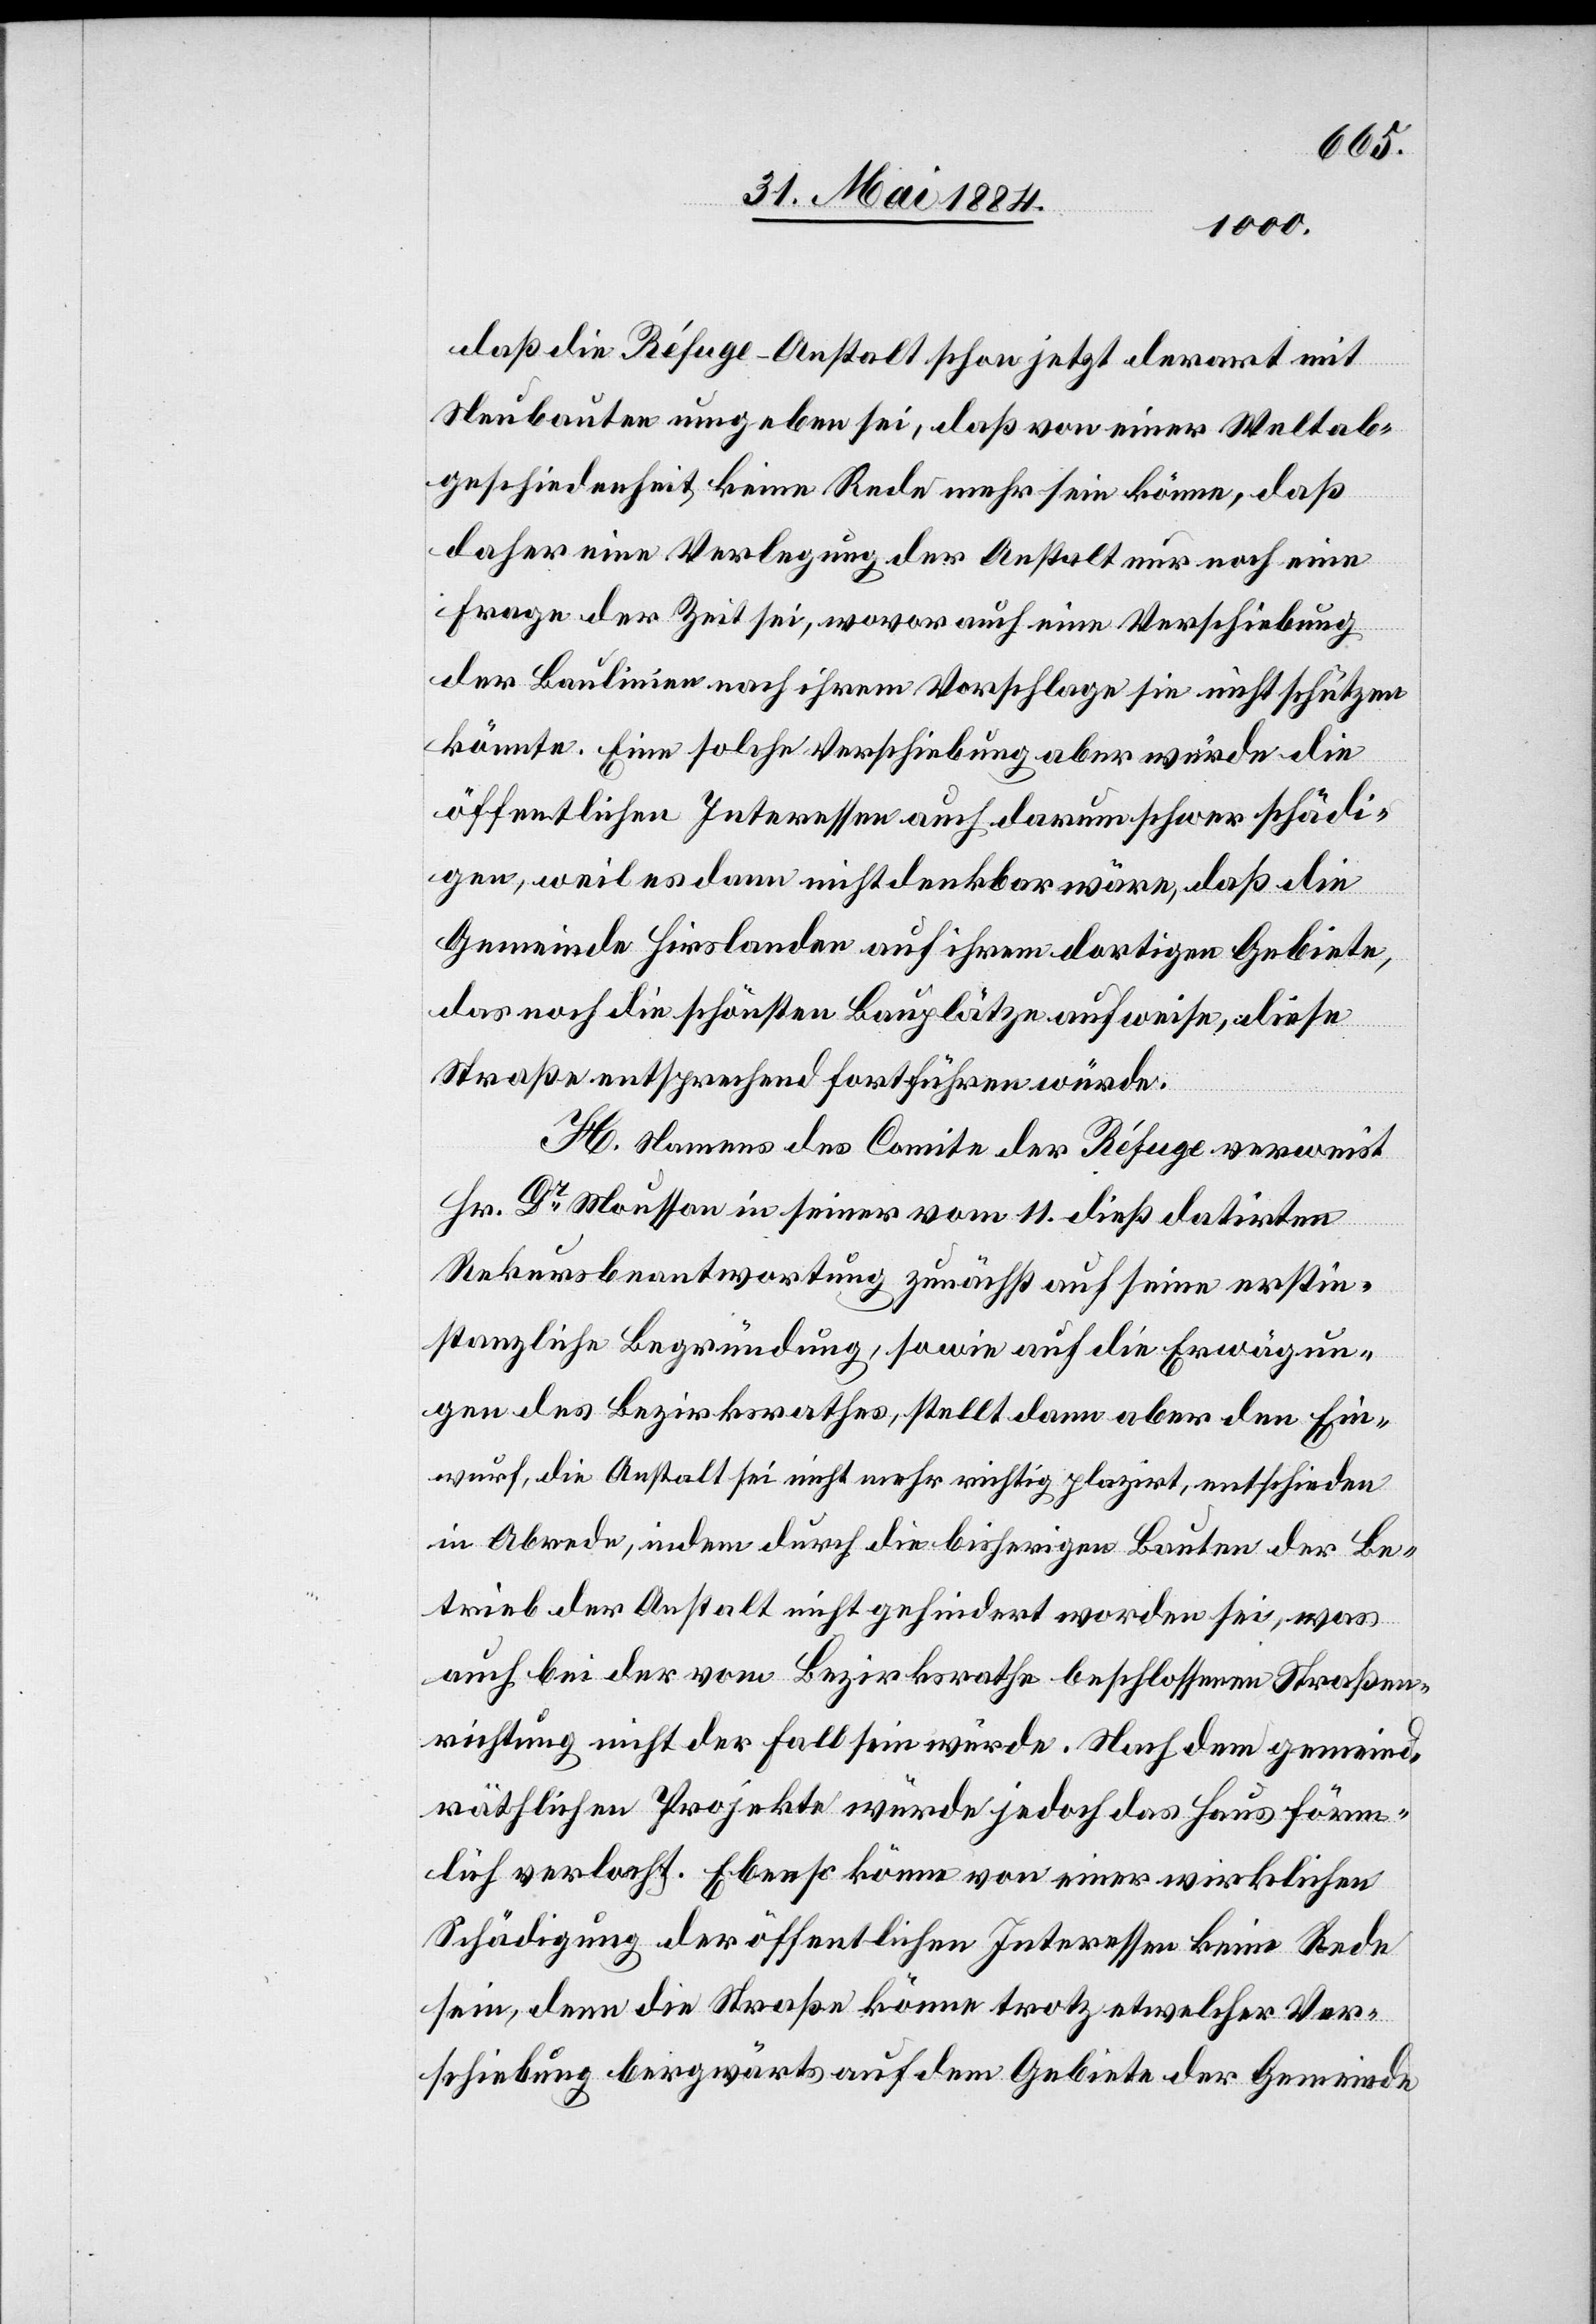
daß die Réfuge-Anstalt schon jetzt derart mit
Neubauten umgeben sei, daß von einer Weltab¬
geschiedenheit keine Rede mehr sein könne, daß
daher eine Verlegung der Anstalt nur noch eine
Frage der Zeit sei, wovor auch eine Verschiebung
der Baulinien nach ihrem Vorschlage sie nicht schützen
könnte. Eine solche Verschiebung aber würde die
öffentlichen Interessen auch darum schwer schädi¬
gen, weil es dann nicht denkbar wäre, daß die
Gemeinde Hirslanden auf ihrem dortigen Gebiete,
das noch die schönsten Bauplätze aufweise, diese
Straße entsprechend fortführen würde.
H. Namens des Comite der Réfuge verweist
Hr. Dr Mousson in seiner vom 11. dieß datirten
Rekursbeantwortung zunächst auf seine erstin¬
stanzliche Begründung, sowie auf die Erwägun¬
gen des Bezirksrathes, stellt dann aber den Ein¬
wurf, die Anstalt sei nicht mehr richtig plazirt, entschieden
in Abrede, indem durch die bisherigen Bauten der Be¬
trieb der Anstalt nicht gehindert worden sei, was
auch bei der vom Bezirksrathe beschlossenen Straßen¬
richtung nicht der Fall sein würde. Nach dem gemeind¬
räthlichen Projekte würde jedoch das Haus förm¬
lich verlocht. Ebenso könne von einer wirklichen
Schädigung der öffentlichen Interessen keine Rede
sein, denn die Straße könne trotz etwelcher Ver¬
schiebung bergwärts auf dem Gebiete der Gemeinde